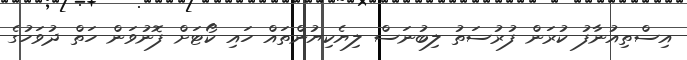
އިސްތިއުނާފު ކުރަން ފުރުސަތު ލިބުނަސް ލިޔެކިޔުންތައް ހައި ކޯޓަށް ފޮނުވަން ހަތް ދުވަހުގެ